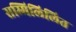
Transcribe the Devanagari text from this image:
सम्मिलिलित